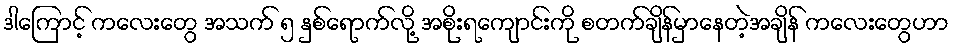
ဒါကြောင့် ကလေးတွေ အသက် ၅ နှစ်ရောက်လို့ အစိုးရကျောင်းကို စတက်ချိန်မှာနေတဲ့အချိန် ကလေးတွေဟာ